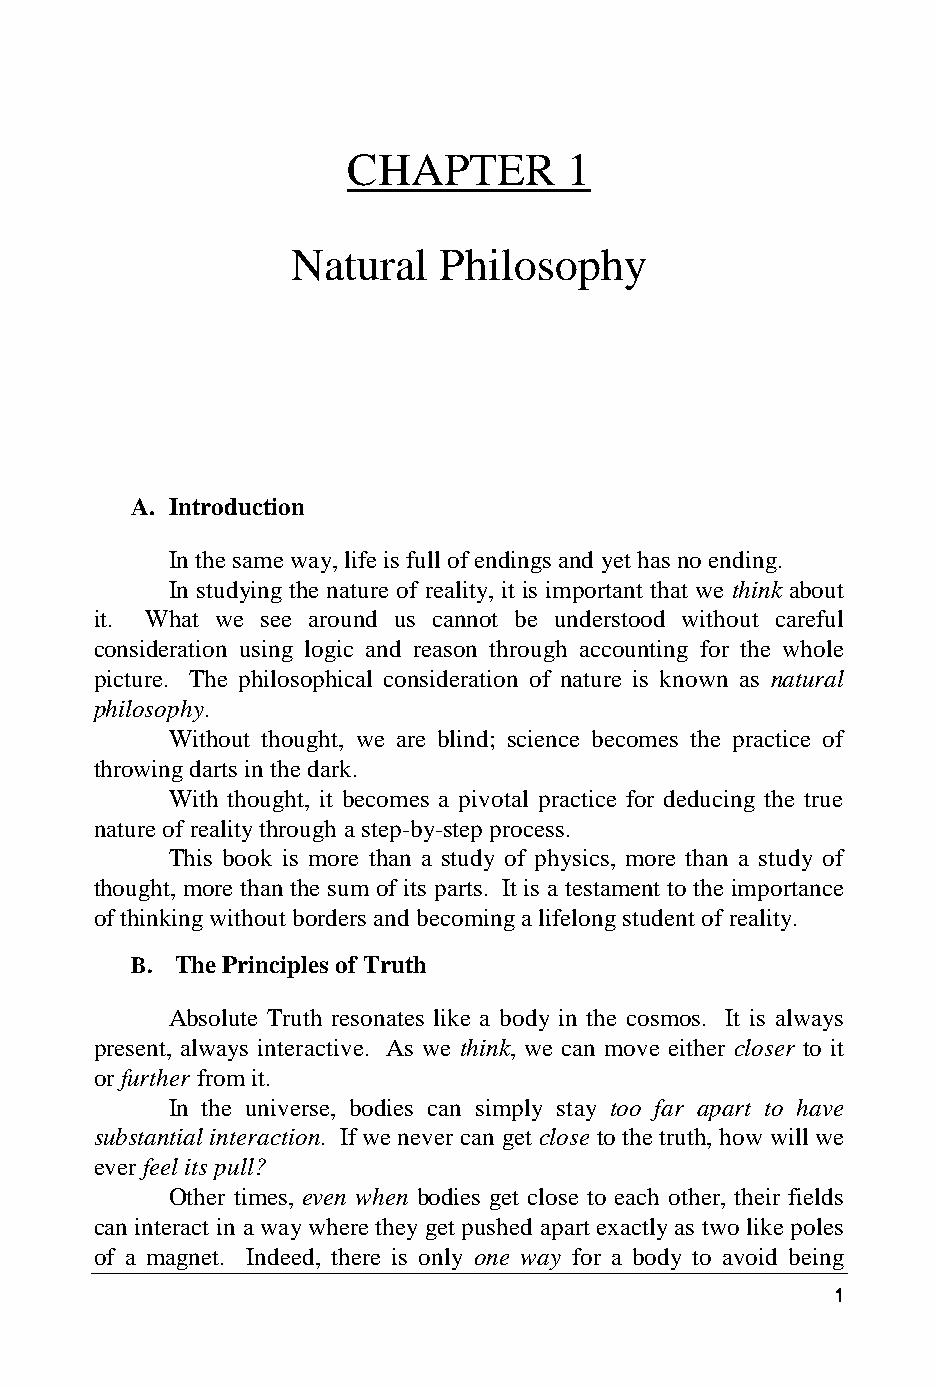
CHAPTER        1
 Natural   Philosophy
 A. Introduction
 In the same way, life is full of endings and yet has no ending.
 In studying the nature of reality, it is important that we think about
 it. What we see around us cannot be understood without careful
 consideration using logic and reason through accounting for the whole
 picture. The philosophical consideration of nature is known as natural
 philosophy.
 Without thought, we are blind; science becomes the practice of
 throwing darts in the dark.
 With thought, it becomes a pivotal practice for deducing the true
 nature of reality through a step-by-step process.
 This book is more than a study of physics, more than a study of
 thought, more than the sum of its parts. It is a testament to the importance
 of thinking without borders and becoming a lifelong student of reality.
 B. The Principles of Truth
 Absolute Truth resonates like a body in the cosmos. It is always
 present, always interactive. As we think, we can move either closer to it
 or further from it.
 In the universe, bodies can simply stay too far apart to have
 substantial interaction. If we never can get close to the truth, how will we
 ever feel its pull?
 Other times, even when bodies get close to each other, their fields
 can interact in a way where they get pushed apart exactly as two like poles
 of a magnet. Indeed, there is only one way for a body to avoid being
 1